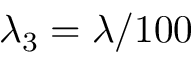
\lambda _ { 3 } = \lambda / 1 0 0